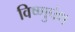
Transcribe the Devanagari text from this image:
विष्णुपंथ